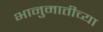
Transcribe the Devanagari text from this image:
भानुमातीच्या